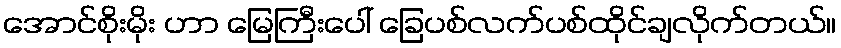
အောင်စိုးမိုး ဟာ မြေကြီးပေါ် ခြေပစ်လက်ပစ်ထိုင်ချလိုက်တယ်။